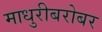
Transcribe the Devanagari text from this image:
माधुरीबरोबर